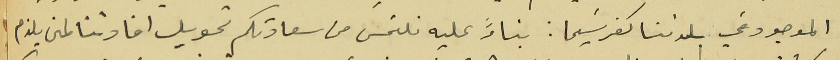
الموجود في بلدتنا كفرشيما: بناءً عليه نلتمس من سعادتكم تحويل افادتنا لمن يلزم